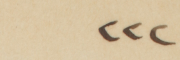
٢٢٢